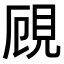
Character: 𧠏